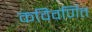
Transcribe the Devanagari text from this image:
कविवर्णित